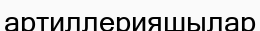
артиллерияшылар